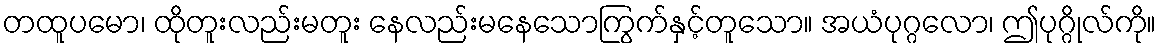
တထူပမော၊ ထိုတူးလည်းမတူး နေလည်းမနေသောကြွက်နှင့်တူသော။ အယံပုဂ္ဂလော၊ ဤပုဂ္ဂိုလ်ကို။